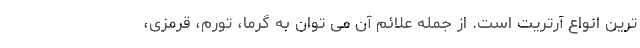
ترین انواع آرتریت است. از جمله علائم آن می توان به گرما، تورم، قرمزی،